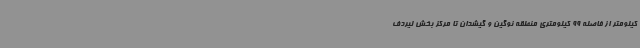
کیلومتر از فاصله 99 کیلومتری منطقه نوگین و گیشدان تا مرکز بخش لیردف